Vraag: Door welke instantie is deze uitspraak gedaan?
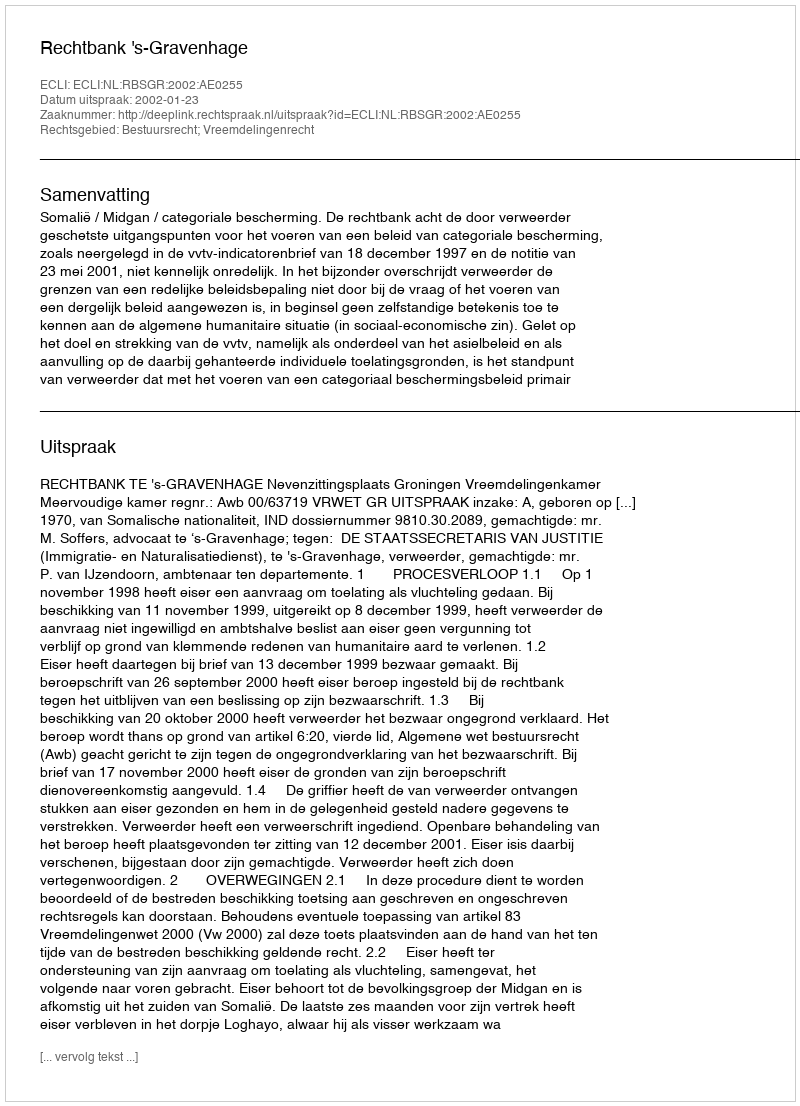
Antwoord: Rechtbank 's-Gravenhage